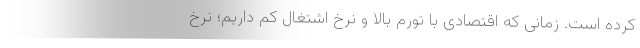
کرده است. زمانی که اقتصادی با تورم بالا و نرخ اشتغال کم داریم؛ نرخ